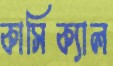
কাসিক্যাল